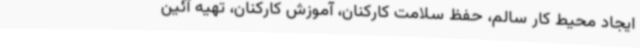
ایجاد محیط کار سالم، حفظ سلامت کارکنان، آموزش کارکنان، تهیه آئین‌